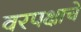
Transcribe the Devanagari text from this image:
वरपक्षाचे